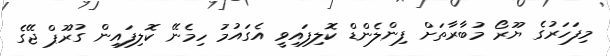
މިފަހަރުގެ ޔޫރޯ މުބާރާތަށް ފިންލެންޑް ކޮލިފައިވީ އެގައުމު ހިމެނޭ ކޮލިފައިން ގުރޫޕް ޖޭގެ